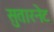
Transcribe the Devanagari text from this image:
सुतारनेट